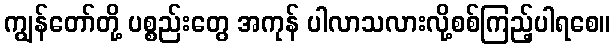
ကျွန်တော်တို့ ပစ္စည်းတွေ အကုန် ပါလာသလားလို့စစ်ကြည့်ပါရစေ။